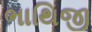
ભાથિજી